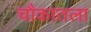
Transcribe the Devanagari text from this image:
चौकातला